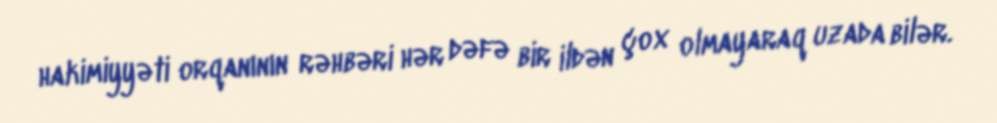
hakimiyyəti orqanının rəhbəri hər dəfə bir ildən çox olmayaraq uzada bilər.